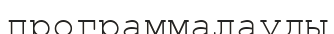
программалауды